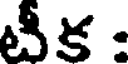
టీక :